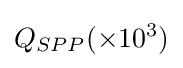
Q_{SPP}(\times 10^{3})